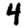
Digit: 4